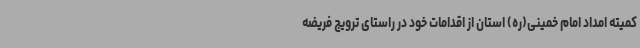
کمیته امداد امام خمینی(ره) استان از اقدامات خود در راستای ترویج فریضه